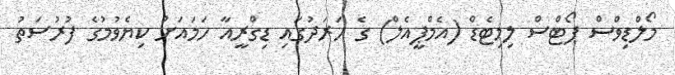
މޯލްޑިވްސް ޕޯޓްސް ލިމިޓެޑް (އެމްޕީއެލް) ގެ ހަރަދުގައި ޑިގްރީއާ ހަމައަށް ކިޔެވުމުގެ ފުރުސަތު